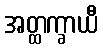
အတ္ထက္ခာယီ